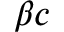
\beta c